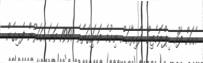
އެއަށް ފަހު ޑިޕްލޮމެޓިކް ދާއިރާއަށް ނިކުމެ ވަޑައިގަތެވެ. 1991 ވަނަ އަހަރުން ފެށިގެން